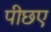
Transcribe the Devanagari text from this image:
पीछए